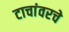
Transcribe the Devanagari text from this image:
टाचांवरचे